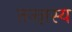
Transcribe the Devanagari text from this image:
तज्ज्ञस्य